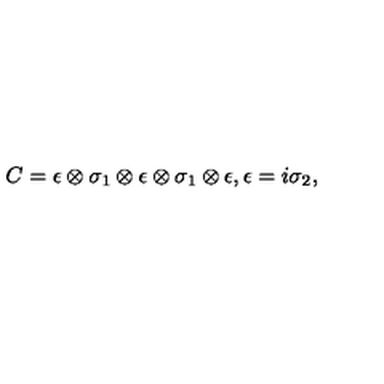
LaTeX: C = \epsilon \otimes \sigma _ { 1 } \otimes \epsilon \otimes \sigma _ { 1 } \otimes \epsilon , \epsilon = i \sigma _ { 2 } ,